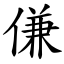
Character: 傔